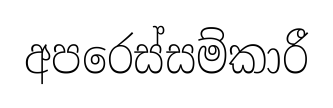
අපරෙස්සම්කාරී